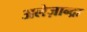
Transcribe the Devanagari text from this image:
अलेज़ान्द्रा